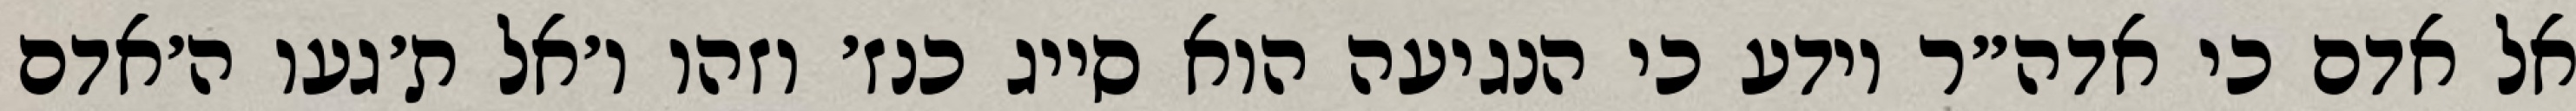
אל אדם כי אדה״ר יודע כי הנגיעה הוא סייג כנז׳ וזהו ו׳אל ת׳געו ה׳אדם